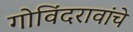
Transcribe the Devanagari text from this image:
गोविंदरावांचे